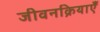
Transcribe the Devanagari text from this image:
जीवनक्रियाएँ